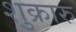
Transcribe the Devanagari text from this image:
शुक्रारु